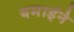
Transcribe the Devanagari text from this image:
यमाईने